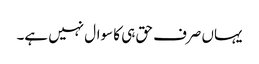
یہاں صرف حق ہی کا سوال نہیں ہے۔